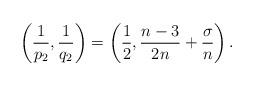
LaTeX: \begin{align*} \left(\frac{1}{p_2},\frac{1}{q_2}\right) = \left(\frac{1}{2}, \frac{n-3}{2n}+\frac{\sigma}{n}\right).\end{align*}